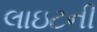
લાઇટની